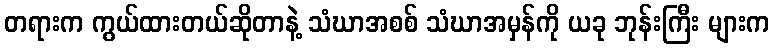
တရားက ကွယ်ထားတယ်ဆိုတာနဲ့ သံဃာအစစ် သံဃာအမှန်ကို ယခု ဘုန်းကြီး များက